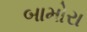
બામોરા